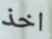
اخذ